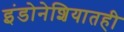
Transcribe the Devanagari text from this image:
इंडोनेशियातही